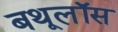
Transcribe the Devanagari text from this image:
बथूलॉस